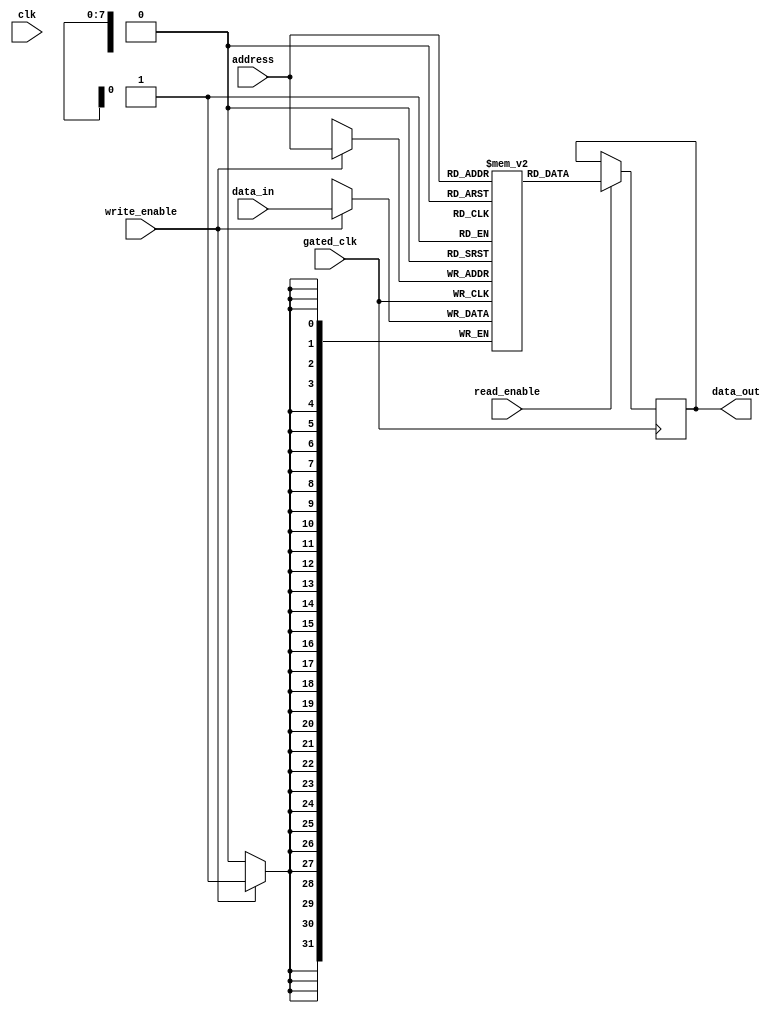
module MemoryBlock (
    input wire clk,               // Original clock signal
    input wire gated_clk,         // Gated clock signal
    input wire [7:0] address,     // Address input
    input wire [31:0] data_in,    // Data input
    output reg [31:0] data_out,    // Data output
    input wire read_enable,        // Read enable signal
    input wire write_enable        // Write enable signal
);

    reg [31:0] memory [255:0]; // Example memory array (256 x 32-bit)

    always @(posedge gated_clk) begin
        if (write_enable) begin
            memory[address] <= data_in; // Write data to memory
        end
        if (read_enable) begin
            data_out <= memory[address]; // Read data from memory
        end
    end
endmodule